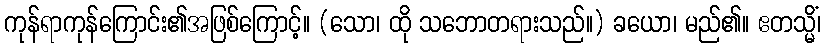
ကုန်ရာကုန်ကြောင်း၏အဖြစ်ကြောင့်။ (သော၊ ထို သဘောတရားသည်။) ခယော၊ မည်၏။ ဧတသ္မိံ၊